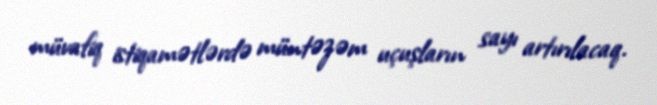
müvafiq istiqamətlərdə müntəzəm uçuşların sayı artırılacaq.